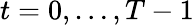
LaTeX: t=0,\dots,T-1